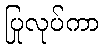
ပြုလုပ်ကာ